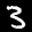
Label: 3